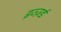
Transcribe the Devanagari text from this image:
इज्ज़र्ड